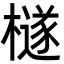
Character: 檖